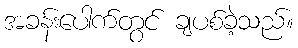
အခန်းပေါက်တွင် ချပစ်ခဲ့သည်။